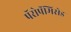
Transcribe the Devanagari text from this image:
पॅरोपॅमिसेड